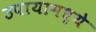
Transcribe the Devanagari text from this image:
उपायामध्ये